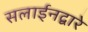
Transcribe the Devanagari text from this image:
सलाईनद्वारे